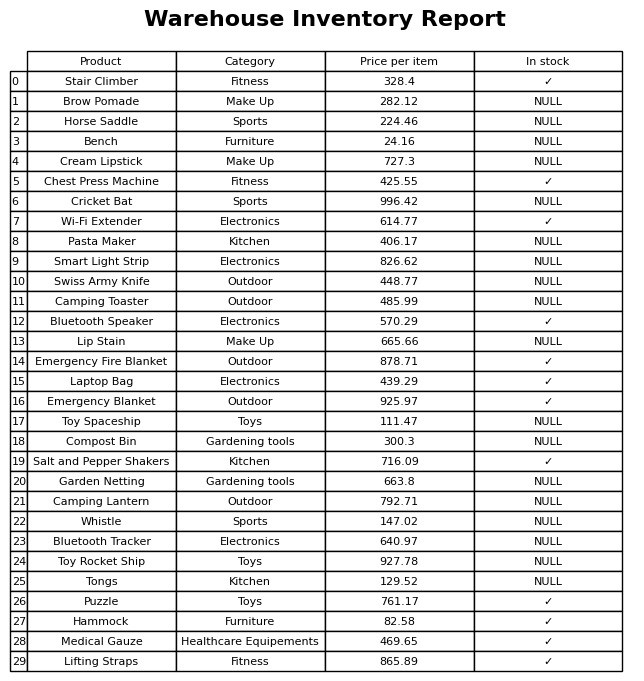
question: What is the price of the Brow Pomade?
answer: The price of Brow Pomade is 282.12.